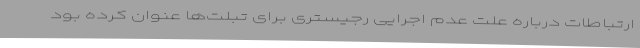
ارتباطات درباره علت عدم اجرایی رجیستری برای تبلت‌ها عنوان کرده بود